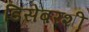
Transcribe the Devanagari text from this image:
डिसेंबरशी